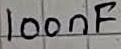
Text: 100nF